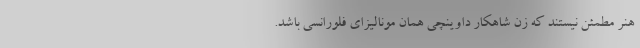
هنر مطمئن نیستند که زن شاهکار داوینچی همان مونالیزای فلورانسی باشد.